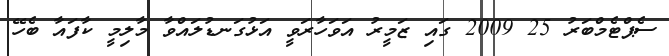
ސެޕްޓެމްބަރު 25 2009 ގައި ޒަމީރު އަވަހާރަވީ އަޅުގަނޑުލައްވާ މާލިމީ ކާފައާ ބެހޭ